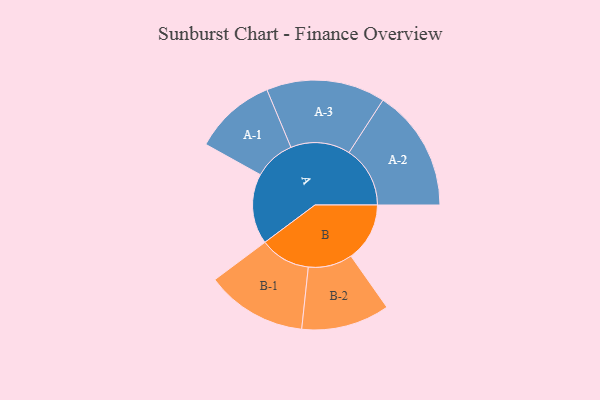
{"axis": {"x": "Segment", "y": "Value"}, "legend": ["", "A", "B"], "data": [{"x": "A", "y": 266, "type": ""}, {"x": "B", "y": 222, "type": ""}, {"x": "A-1", "y": 155, "type": "A"}, {"x": "A-2", "y": 231, "type": "A"}, {"x": "A-3", "y": 225, "type": "A"}, {"x": "B-1", "y": 191, "type": "B"}, {"x": "B-2", "y": 167, "type": "B"}]}